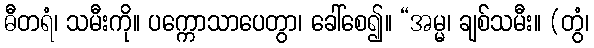
ဓီတရံ၊ သမီးကို။ ပက္ကောသာပေတွာ၊ ခေါ်စေ၍။ “အမ္မ၊ ချစ်သမီး။ (တွံ၊